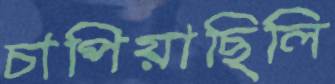
চাপিয়াছিলি